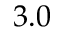
3 . 0